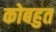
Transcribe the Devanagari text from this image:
कोबहुत